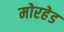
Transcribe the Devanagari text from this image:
मोरहेड